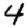
Digit: 4